Calcutta medical institutions reports 1892-1900
Year: 1892
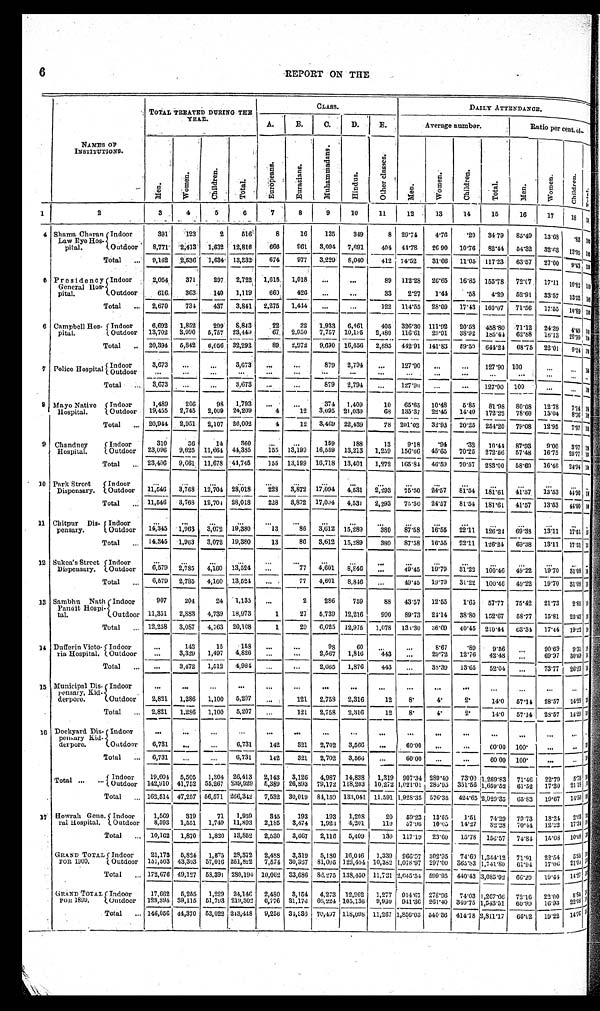
6
REPORT ON THE
NAMES OF
INSTITUTIONS.
TOTAL TREATED DURING THE YEAR
CLASS.
DAILY ATTENDANCE.
A.
B.
C.
D.
E.
Average number.
Ratio per cent. Of-
E u r o p e a n s .
E u r a s i a n s .
M u h a m m a d a n s .
H i n d u s .
O t h e r c l a s s e s .
Men. Wome
n .
C h i l d r e n .
Total.Men.
W o m e n .
C h i l d r e n .
Men. Women.Children.
T o t a l .
1 2
3
4
5
6
7
8
9
10 11
12
13 14
15
16 17
18
4
Shama Char an Law Eye Hos-pi t al
Indoor
3 9 1
1 2 3
2
5 1 6
8
1 6
1 3 5
3 4 9
8
29.74
4 . 7 6
.29 34.79
8 5 . 4 9
1 3 . 6 8
.83
Outdoor8,7712,413 1,632
1 2 , 8 1 6
666
9 6 1
3,094
7 , 6 9 1
404 44.78
2 6 . 9 0
10.7682.44
5 4 . 3 2
3 2 . 6 3
13.05
Total 9,1622,536 1,634
1 3 , 3 3 2 674
9 7 7
3 , 2 2 9
8 , 0 4 0
412 74.52
3 1 . 6 6
11.05117.23
6 3 . 5 7
2 7 . 0 0
9.43
5
Presi dency General Hos-pi t al .
I n d o o r
2,054
3 7 1
297
2 , 7 2 2
1,615
1 , 0 1 8
. . .
. . .
89 112.28
2 6 . 6 5
16.85155.7872.07
1 7 . 1 1
10.82
O u t d o o r
616
3 6 3
140
1 , 1 1 9
660
4 2 6
. . .
. . .
33
2.27
1 . 4 4
.58 4.29 52.91
3 3 . 5 7
13.52
T o t a l
2,670
7 3 4
437
3 , 8 4 1
2,275
1 , 4 1 4
. . .
. . .
122 114.55
2 8 . 0 9
17.43160.0771.56
1 7 . 5 5
10.89
6
C a m p b e l l H o s - p i t a l .
I n d o o r
6,692
1 , 8 5 2
299 8,843
2 2
2 2
1 , 9 3 3
6 , 4 6 1
405 326.30111.92
2 0 . 5 8
458.8071.12
2 4 . 3 9
4 . 4 9
Outdoor 13,702
3 , 9 9 0
5,757 23,449
6 7
2 , 9 5 0
7 , 7 5 7
1 0 , 1 9 5
2,480116.6129.91
3 8 . 9 2
185.4462.88
1 6 . 1 3
2 0 . 9 9
T o t a l
20,394
5 , 8 4 2
6,056 32,292
8 9
2 , 9 7 2
9 , 6 9 0
1 6 , 6 5 6
2,885442.91141.83
5 9 . 5 9
644.2468.75
2 2 . 0 1
9 . 2 4
7
P o l i c e H o s p i t a l
I n d o o r
3,673
. . .
...
3,673
. . .
. . .
8 7 9
2 , 7 9 4
...
127.90 ...
. . .
127.90100
. . .
. . .
100
O u t d o o r
...
. . .
...
...
. . .
. . .
. . .
. . .
...
...
...
. . .
...
. ...
. . .
. . .
...
T o t a l
3,673
. . .
...
3,673
. . .
. . .
8 7 9
2 , 7 9 4
...
127.90...
. . .
127.90100
. . .
. . .
100
8
M a y o N a t i v e H o s p i t a l .
I n d o o r
1,489
2 0 6
98
1,793
. . .
. . .
3 7 4
1 , 4 0 9
10
6 5 . 6 5
10.48
5 . 8 5
81.9880.08
1 2 . 7 8
7 . 1 4
100
O u t d o o r
19,455
2 , 7 4 5
2,009 24,209
4
1 2
3 , 0 9 5
2 1 , 0 3 0
68
1 3 5 . 3 7
22.45
1 4 . 4 0
172.2278.60
1 3 . 0 4
8 . 3 6
100
T o t a l
20,944
2 , 9 5 1
2,107 26,002
4
1 2
3 , 4 6 9
2 2 , 4 3 9
78
2 0 1 . 0 2
32.93
2 0 . 2 5
254.2079.08
1 2 . 9 5
7 . 9 7
100
9
C h a n d n e y H o s p i t a l .
I n d o o r
310
3 6
14
360
. . .
. . .
1 5 9
1 8 8
13
9 . 1 8
.94
. 3 2
10.4487.93
9 . 0 0
3 . 0 7
100
O u t d o o r
23,096
9 , 6 2 5
11,66444,385
1 5 5
1 3 , 1 9 9
1 6 , 5 5 9
1 3 , 2 1 3
1,259
1 5 6 . 6 6
45.65
7 0 . 2 5
272.5657.48
1 6 . 7 5
2 5 . 7 7
100
T o t a l
23,406
9 , 6 6 1
11,67844,745
1 5 5
1 3 , 1 9 9
1 6 , 7 1 8
1 3 , 4 0 1
1,272
1 6 5 . 8 4
46.59
7 0 . 5 7
283.0058.60
1 6 . 4 6
2 4 . 9 4
100
1 0
P a r k S t r e e t D i s p e n s a r y .
I n d o o r
...
. . .
...
...
. . .
. . .
. . .
. . .
...
. . .
...
. . .
...
...
. . .
. . .
...
O u t d o o r
11,546
3 , 7 6 8
12,70428,018
2 2 8
3 , 8 7 2
1 7 , 0 9 4
4 , 5 3 1
2,293
7 5 . 5 0
24.57
8 1 . 5 4
181.6141.57
1 3 . 5 3
4 4 . 9 0
T o t a l
11,546
3 , 7 6 8
12,70428,018
2 2 8
3 , 8 7 2
1 7 , 0 9 4
4 , 5 3 1
2,293
7 5 . 5 0
24.57
8 1 . 5 4
181.6141.57
1 3 . 5 3
4 4 . 9 0
1 1
C h i t p u r D i s - p e n s a r y .
I n d o o r
. . .
. . .
...
...
. . .
...
...
. . .
. . .
...
...
...
. . .
...
. . .
...
O u t d o o r
1 4 , 3 4 5
1 , 9 6 3
3,07219,380
1 3
86 3,612
1 5 , 2 8 9
3 8 0
87.5816.55 22.11
1 2 6 . 2 4
69.38
1 3 . 1 1
17.51
T o t a l
1 4 , 3 4 5
1 , 9 6 3
3,07219,380
1 3
86 3,612
1 5 , 2 8 9
3 8 0
87.5816.55 22.11
1 2 6 . 2 4
69.38
1 3 . 1 1
17.51
1 2
S u k e a ' s S t r e e t D i s p e n s a r y .
I n d o o r
. . .
. . .
...
...
. . .
...
...
. . .
. . .
...
...
...
. . .
...
. . .
...
.
O u t d o o r
6 , 5 7 9
2 , 7 8 5
4,16013,524
. . .
77 4,601
8 , 8 4 6
. . .
49.45 19.79 31.22
1 0 0 . 4 6
49.22
1 9 . 7 0
31.08
T o t a l
6 , 5 7 9
2 , 7 8 5
4,16013,524
. . .
77 4,601
8 , 8 4 6
. . .
49.4519.79 31.22
1 0 0 . 4 6
49.22
1 9 . 7 0
31.08
1 3
S a m b h u N a t h P a n d i t H o s p i - t a l .
I n d o o r
9 0 7
2 0 4
24
1,135
. . .
2
286
7 5 9
8 8
43.5712.55 1.65
5 7 . 7 7
75.42
2 1 . 7 3
2.85
O u t d o o r
1 1 , 3 5 1
2 , 8 8 3
4,73918,973
1 27 5,739
1 2 , 2 1 6
9 9 0
89.7324.14 38.80
1 5 2 . 6 7
58.77
1 5 . 8 1
25.42
T o t a l
1 2 , 2 5 8
3 , 0 8 7
4,76320,108
1 29 6,025
1 2 , 9 7 5
1 , 0 7 8
13,330
36.69
40.45
2 1 0 . 4 4
63.34
1 7 . 4 4
19.22
1 4
D u f f e r i n V i c t o - r i a H o s p i t a l .
I n d o o r
. . .
1 4 3
15
158
. . .
...
98
6 0
. . .
...
8.67 .89
9 . 5 6
...
9 0 . 6 9
9.31
O u t d o o r
. . .
3 , 3 2 9
1,4974,826
. . .
...
2,567
1 , 8 1 6
4 4 3
...
29.72 12.76
4 2 . 4 8
...
6 9 . 9 7
30.03
T o t a l
. . .
3 , 4 7 2
1,5124,984
. . .
...
2,665
1 , 8 7 6
4 4 3
...
38.39 13.65
5 2 . 0 4
...
7 3 . 7 7
26.23
1 5
Muni ci pal Di s-pensary, Ki d-derpore.
I n d o o r
...
. . .
...
. . .
...
. . .
. . .
. . .
...
...
...
. . .
...
...
. . .
. . .
O u t d o o r
2,821
1 , 2 8 6
1,100
5 , 2 0 7
...
1 2 1
2 , 7 5 8
2 , 3 1 6
12
8.
4.
2 .
14.0 57.14
2 8 . 5 7
1 4 . 2 9
T o t a l
2,821
1 , 2 8 6
1,100
5 , 2 0 7
...
1 2 1
2 , 7 5 8
2 , 3 1 6
12
8.
4.
2 .
14.0 57.14
2 8 . 5 7
1 4 . 2 9
1 6
Dockyard Di s-pensary Ki d-derpore.
I n d o o r
...
. . .
...
. . .
...
. . .
. . .
. . .
...
...
...
. . .
...
...
. . .
. . .
O u t d o o r
6,731
. . .
...
6 , 7 3 1
142
3 2 1
2 , 7 0 2
3 , 5 6 6
...
60.00...
. . .
60.00100.
. . .
. . .
T o t a l
6,731
. . .
...
6 , 7 3 1
142
3 2 1
2 , 7 0 2
3 , 5 6 6
...
60.00...
. . .
60.00 100. . . .
. . .
Total
I n d o o r
19,604
5 , 5 0 5
1,304
2 6 , 4 1 3
2,143
3 , 1 2 6
4 , 9 8 7
1 4 , 8 3 8
1,319 907.34289.40
7 3 . 0 9
1,269.8371.46
2 2 . 7 9
5 . 7 5
O u t d o o r
142,910
4 1 , 7 5 2
55,267
2 3 9 , 9 2 9
5,389
2 6 , 8 9 3
7 9 , 1 7 2
1 1 8 , 2 0 3
10,2721,021.01285.95
3 5 1 . 5 6
1,659.5261.52
1 7 . 3 0
2 1 . 1 8
T o t a l
162,514
4 7 , 2 5 7
56,571
2 6 6 , 3 4 2
7,532
3 0 , 0 1 9
8 4 , 1 5 0
1 3 3 , 0 4 1
11,5911,928.35576.35
4 2 4 . 6 5
2,929.35 65.83
1 9 . 6 7
1 4 . 5 0
1 7
Howrah Gene-ral Hospital.
I n d o o r
1,569
3 1 9
71
1 , 9 5 9
345
1 9 3
1 9 3
1 , 2 0 8
20
59.23 13.55
1 . 5 1
74.2979.73
1 8 . 2 4
2 . 0 3
O u t d o o r
8,593
1 , 5 5 1
1,749 1 1 , 8 9 3
2,185
3 , 4 7 4
1 , 9 2 3
4 , 2 0 1
110 57.9610.05
1 4 . 2 7
82.2870.44
1 2 . 2 2
1 7 . 3 4
T o t a l
10,162
1 , 8 7 0
1,820
1 3 , 8 5 2
2,530
3 , 6 6 7
2 , 1 1 6
5 , 4 0 9
130 117.1923.60
1 5 . 7 8
156.5774.84
1 5 . 0 8
1 0 . 0 8
GRAND TOTAL FOR 1900.
I n d o o r
21,1735,8241,875
2 8 , 3 7 2
2,488
3 , 3 1 9
5 , 1 8 0
1 6 , 0 4 6
1,339966.57302.95
7 4 . 6 9
1,344.1271.91
2 2 . 5 4
5 . 5 5
O u t d o o r
151,50343,30357,016
2 5 1 , 8 2 2
7,574
3 0 , 3 5 7
8 1 , 0 9 5
1 2 2 , 4 0 4
10,3821,078.97297.00
3 6 5 . 8 3
1,741.8061.94
1 7 . 0 6
2 1 . 0 0
T o t a l
172,67649,12758,391
2 8 0 , 1 9 4
10,062
3 3 , 6 8 6
8 6 , 2 7 5
1 3 8 , 4 5 0
11,7212,045.54 599.95
4 4 0 . 4 3
3,085.9266.29
1 9 . 4 4
1 4 . 2 7
GRAND TOTAL FOR 1899.
I n d o o r
17,6625,2551,229
2 4 , 1 4 6
2,480
3 , 1 5 4
4 , 2 7 3
1 2 , 9 6 2
1,277914.67278.96
7 4 . 0 3
1,267.6672.16
2 2 . 0 0
5 . 8 4
O u t d o o r
128,39439,11551,793
2 1 9 , 3 0 2
6,776 3 1 , 1 7 6
6 6 , 2 2 4
1 0 5 , 1 3 6
9,990941.36261.40
3 4 0 . 7 5
1,543.5160.99
1 6 . 9 3
2 2 . 0 8
T o t a l
146,05644,37053,022
2 4 3 , 4 4 8
9,256
3 4 , 3 3 0
7 0 , 4 9 7
1 1 8 , 0 9 8
11,2671,856.03540.36
4 1 4 . 7 8
2,811.1766.62
1 9 . 2 2
1 4 . 7 6